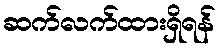
ဆက်လက်ထားရှိရန်